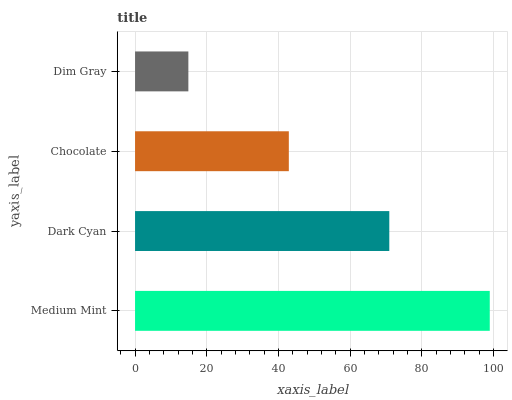
| yaxis_label | bars |
 | --- | --- |
 | Medium Mint | 99 |
 | Dark Cyan | 71 |
 | Chocolate | 42.9 |
 | Dim Gray | 14.9 |